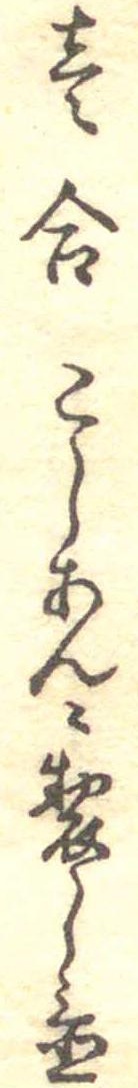
壱合こしあんに製し置